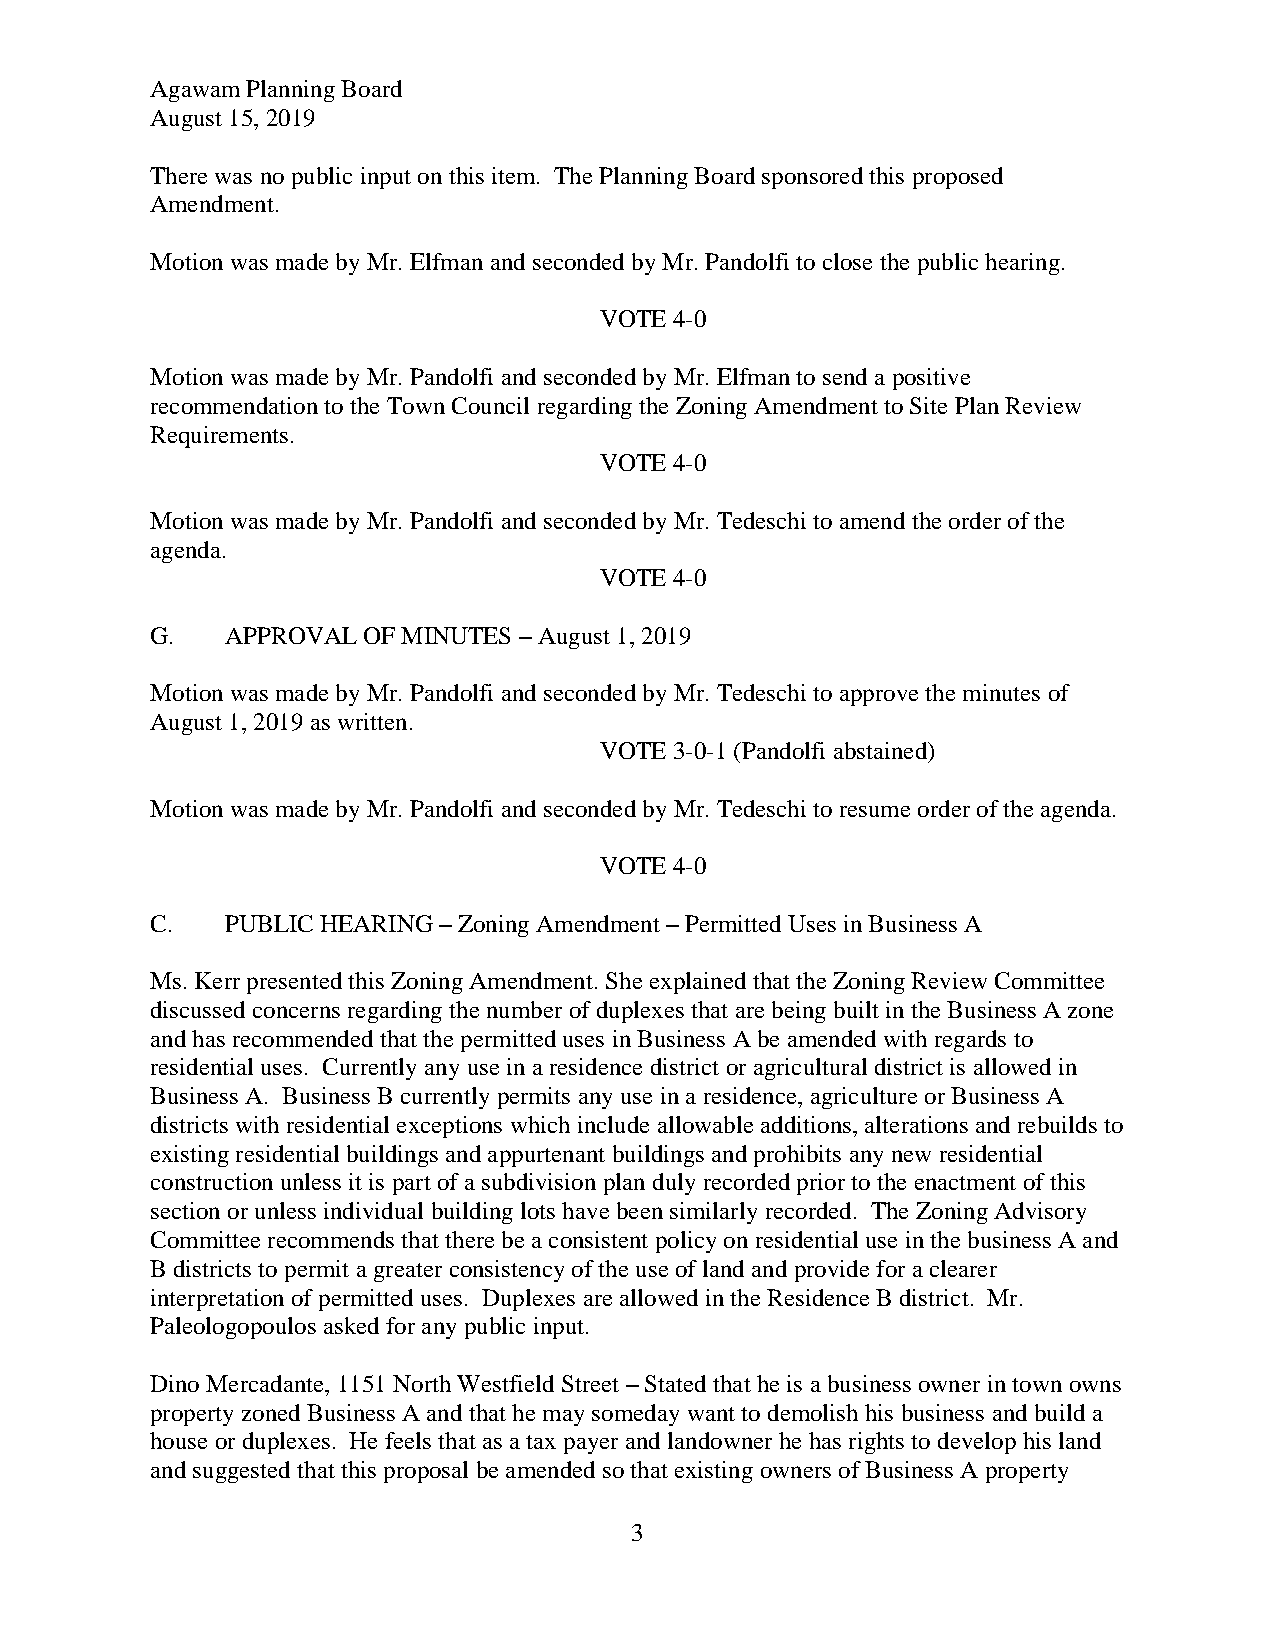
Agawam Planning Board
 August 15, 2019
 There was no public input on this item. The Planning Board sponsored this proposed
 Amendment.
 Motion was made by Mr. Elfman and seconded by Mr. Pandolfi to close the public hearing.
 VOTE 4-0
 Motion was made by Mr. Pandolfi and seconded by Mr. Elfman to send a positive
 recommendation to the Town Council regarding the Zoning Amendment to Site Plan Review
 Requirements.
 VOTE 4-0
 Motion was made by Mr. Pandolfi and seconded by Mr. Tedeschi to amend the order of the
 agenda.
 VOTE 4-0
 G.   APPROVAL OF MINUTES – August 1, 2019
 Motion was made by Mr. Pandolfi and seconded by Mr. Tedeschi to approve the minutes of
 August 1, 2019 as written.
 VOTE 3-0-1 (Pandolfi abstained)
 Motion was made by Mr. Pandolfi and seconded by Mr. Tedeschi to resume order of the agenda.
 VOTE 4-0
 C.   PUBLIC HEARING – Zoning Amendment – Permitted Uses in Business A
 Ms. Kerr presented this Zoning Amendment. She explained that the Zoning Review Committee
 discussed concerns regarding the number of duplexes that are being built in the Business A zone
 and has recommended that the permitted uses in Business A be amended with regards to
 residential uses. Currently any use in a residence district or agricultural district is allowed in
 Business A. Business B currently permits any use in a residence, agriculture or Business A
 districts with residential exceptions which include allowable additions, alterations and rebuilds to
 existing residential buildings and appurtenant buildings and prohibits any new residential
 construction unless it is part of a subdivision plan duly recorded prior to the enactment of this
 section or unless individual building lots have been similarly recorded. The Zoning Advisory
 Committee recommends that there be a consistent policy on residential use in the business A and
 B districts to permit a greater consistency of the use of land and provide for a clearer
 interpretation of permitted uses. Duplexes are allowed in the Residence B district. Mr.
 Paleologopoulos asked for any public input.
 Dino Mercadante, 1151 North Westfield Street – Stated that he is a business owner in town owns
 property zoned Business A and that he may someday want to demolish his business and build a
 house or duplexes. He feels that as a tax payer and landowner he has rights to develop his land
 and suggested that this proposal be amended so that existing owners of Business A property
 3